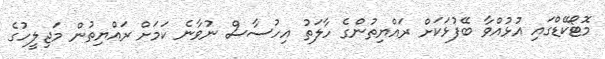
މޮޓޯކޭޑްގައި އުޅުއްވާ ބޭފުޅަކަށް ރައްޔިތުންގެ ހާލަތު އިހުސާސް ނުވާނެ ކަމަށް ރައްޔިތުން މަޖިލީހުގެ